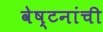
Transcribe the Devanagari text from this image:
वेष्टनांची